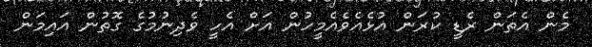
މެން އެތަން ރެޑީ ކުރަން އުޅެއެވެއެމީހުން އަށް އެހީ ވެދިނުމުގެ ގޮތުން އައިމަން